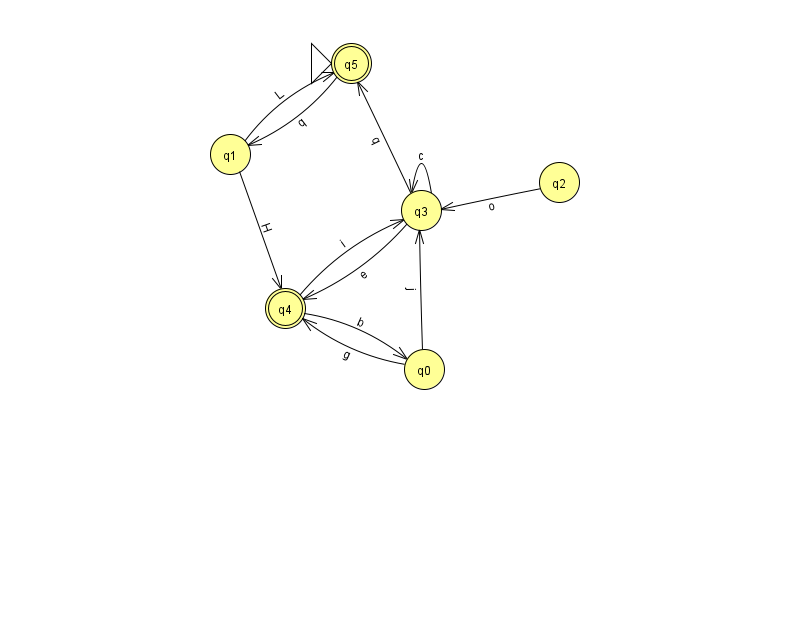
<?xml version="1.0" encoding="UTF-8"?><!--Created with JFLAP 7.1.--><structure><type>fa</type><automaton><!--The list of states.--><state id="0" name="q0"><x>424.0</x><y>356.0</y></state><state id="1" name="q1"><x>230.0</x><y>141.0</y></state><state id="2" name="q2"><x>559.0</x><y>169.0</y></state><state id="3" name="q3"><x>421.0</x><y>197.0</y></state><state id="4" name="q4"><x>285.0</x><y>295.0</y><final/></state><state id="5" name="q5"><x>351.0</x><y>50.0</y><initial/><final/></state><!--The list of transitions.--><transition><from>3</from><to>4</to><read>e</read></transition><transition><from>1</from><to>5</to><read>L</read></transition><transition><from>2</from><to>3</to><read>o</read></transition><transition><from>3</from><to>3</to><read>c</read></transition><transition><from>0</from><to>3</to><read>j</read></transition><transition><from>3</from><to>5</to><read>q</read></transition><transition><from>1</from><to>4</to><read>H</read></transition><transition><from>4</from><to>0</to><read>b</read></transition><transition><from>0</from><to>4</to><read>g</read></transition><transition><from>4</from><to>3</to><read>i</read></transition><transition><from>5</from><to>1</to><read>q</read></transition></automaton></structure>